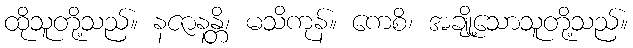
ထိုသူတို့သည်။ နဇာနန္တိ၊ မသိကုန်။ ကေစိ၊ အချို့သောသူတို့သည်။